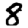
Digit: 8